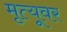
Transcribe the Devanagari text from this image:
मृत्‍यूवर